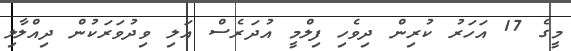
މީގެ 17 އަހަރު ކުރިން ދިވެހި ފިލްމީ އުދަރެސް އަލި ވިދުވަރަކުން ދިއްލާލި